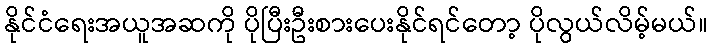
နိုင်ငံရေးအယူအဆကို ပိုပြီးဦးစားပေးနိုင်ရင်တော့ ပိုလွယ်လိမ့်မယ်။